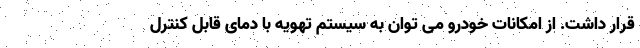
قرار داشت. از امکانات خودرو می توان به سیستم تهویه با دمای قابل کنترل